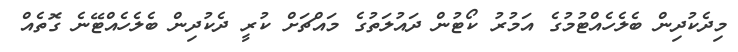
މިދެކުދިން ބެލެހެއްޓުމުގެ އަމުރު ކޯޓުން ދައުލަތުގެ މައްޗަށް ކުރީ ދެކުދިން ބެލެހެއްޓޭނެ ގޮތެއް